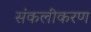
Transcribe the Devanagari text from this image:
संकलीकरण